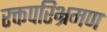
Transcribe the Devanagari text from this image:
रक्तपरिभ्रमण